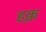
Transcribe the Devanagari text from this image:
हक्क़